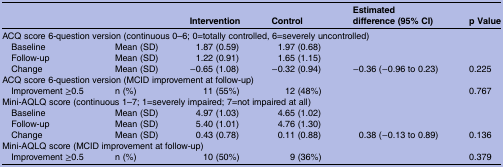
<table><thead><tr><td>[EMPTY_CELL]</td><td>[EMPTY_CELL]</td><td><b>Intervention</b></td><td><b>Control</b></td><td><b>Estimated difference (95% CI)</b></td><td><b>p Value</b></td></tr></thead><tbody><tr><td colspan="6">ACQ score 6-question version (continuous 0–6; 0=totally controlled, 6=severely uncontrolled)</td></tr><tr><td> Baseline</td><td>Mean (SD)</td><td>1.87 (0.59)</td><td>1.97 (0.68)</td><td>[EMPTY_CELL]</td><td>[EMPTY_CELL]</td></tr><tr><td> Follow-up</td><td>Mean (SD)</td><td>1.22 (0.91)</td><td>1.65 (1.15)</td><td>[EMPTY_CELL]</td><td>[EMPTY_CELL]</td></tr><tr><td> Change</td><td>Mean (SD)</td><td>−0.65 (1.08)</td><td>−0.32 (0.94)</td><td>−0.36 (−0.96 to 0.23)</td><td>0.225</td></tr><tr><td colspan="6">ACQ score 6-question version (MCID improvement at follow-up)</td></tr><tr><td> Improvement ≥0.5</td><td>n (%)</td><td>11 (55%)</td><td>12 (48%)</td><td>[EMPTY_CELL]</td><td>0.767</td></tr><tr><td colspan="6">Mini-AQLQ score (continuous 1–7; 1=severely impaired; 7=not impaired at all)</td></tr><tr><td> Baseline</td><td>Mean (SD)</td><td>4.97 (1.03)</td><td>4.65 (1.02)</td><td>[EMPTY_CELL]</td><td>[EMPTY_CELL]</td></tr><tr><td> Follow-up</td><td>Mean (SD)</td><td>5.40 (1.01)</td><td>4.76 (1.30)</td><td>[EMPTY_CELL]</td><td>[EMPTY_CELL]</td></tr><tr><td> Change</td><td>Mean (SD)</td><td>0.43 (0.78)</td><td>0.11 (0.88)</td><td>0.38 (−0.13 to 0.89)</td><td>0.136</td></tr><tr><td colspan="6">Mini-AQLQ score (MCID improvement at follow-up)</td></tr><tr><td> Improvement ≥0.5</td><td>n (%)</td><td>10 (50%)</td><td>9 (36%)</td><td>[EMPTY_CELL]</td><td>0.379</td></tr></tbody></table>